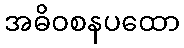
အဓိဝစနပထော